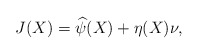
\begin{align*}J(X)=\widehat{\psi}(X)+\eta(X)\nu,\end{align*}